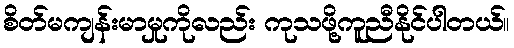
စိတ်မကျန်းမာမှုကိုလည်း ကုသဖို့ကူညီနိုင်ပါတယ်။